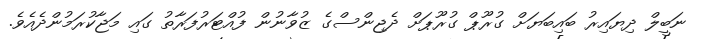
ނަބީލް ދިޔައިރު ބައިބަޔަށް ގުރޫޕް ގުރޫޕަށް ދެޖިންސްގެ ޒުވާނުން ފުއްޓަރުފަރާތު ގައި މަޖާކުރަމުންދެއެވެ.